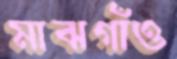
মাঝগাঁও